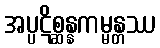
အပ္ပဋိစ္ဆန္နကမ္မန္တဿ